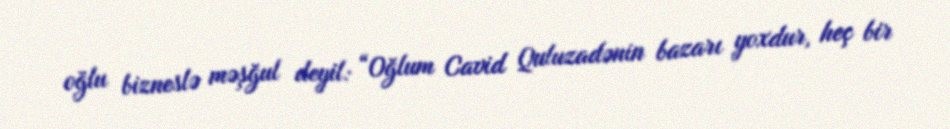
oğlu bizneslə məşğul deyil: “Oğlum Cavid Quluzadənin bazarı yoxdur, heç bir